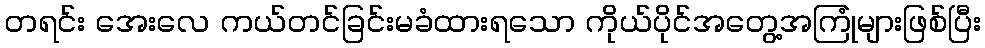
တရင်း အေးလေ ကယ်တင်ခြင်းမခံထားရသော ကိုယ်ပိုင်အတွေ့အကြုံများဖြစ်ပြီး